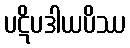
ပဋိပဒါယပိဿ